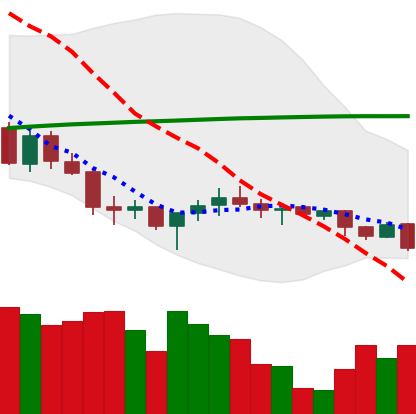
Ticker: XMR-USD
Chart end date: 2018-03-29
Forward return: 7.166%
Label: up_7plus